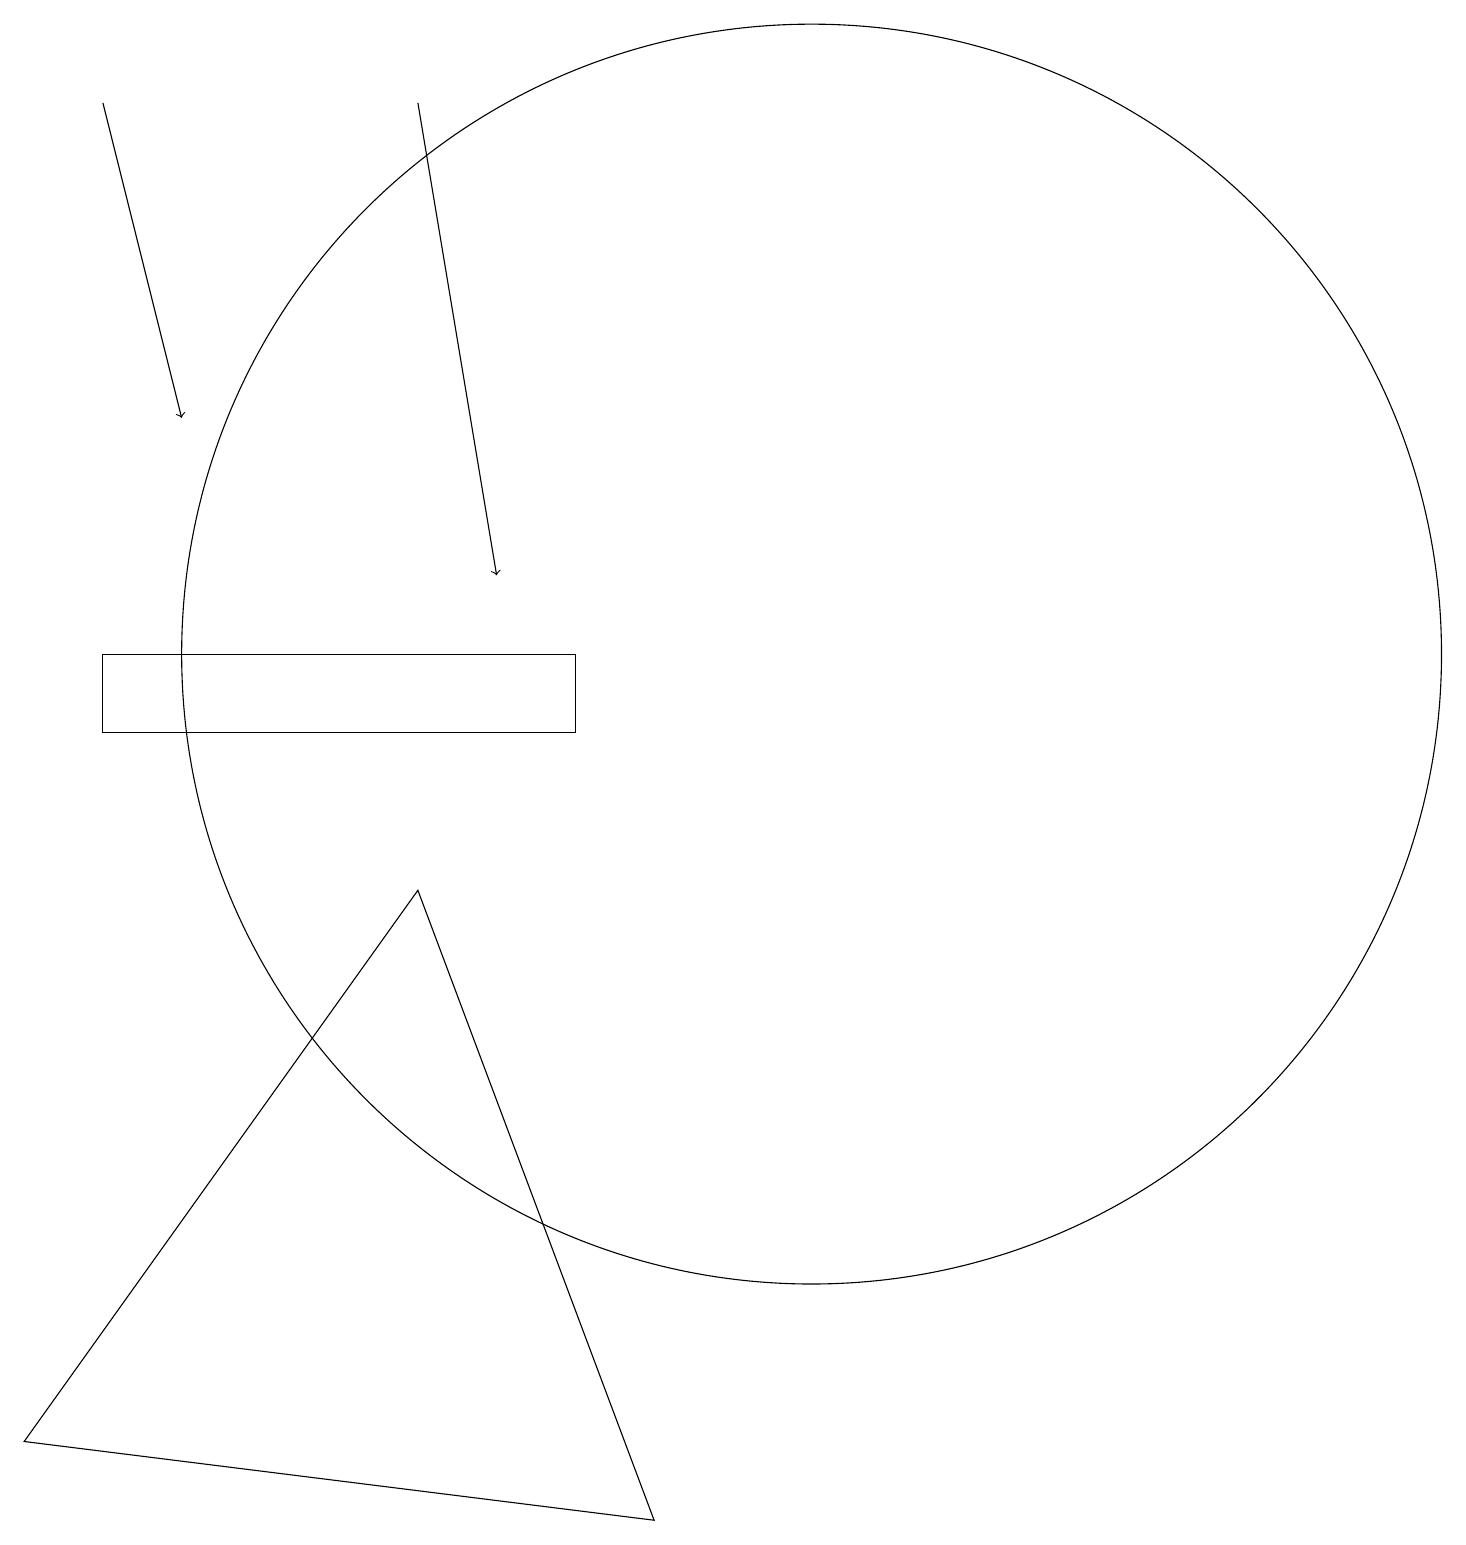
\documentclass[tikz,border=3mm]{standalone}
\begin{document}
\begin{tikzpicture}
\draw[->] (2,19) -- (3,15);
\draw (2,12) rectangle (8,11);
\draw (1,2) -- (6,9) -- (9,1) -- cycle;
\draw[->] (6,19) -- (7,13);
\draw (11,12) circle (8);
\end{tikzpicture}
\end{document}